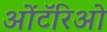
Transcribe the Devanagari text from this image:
ओंटॅरिओ